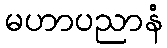
မဟာပညာနံ